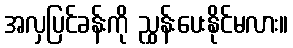
အလှပြင်ခန်းကို ညွှန်းပေးနိုင်မလား။